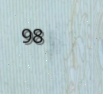
98